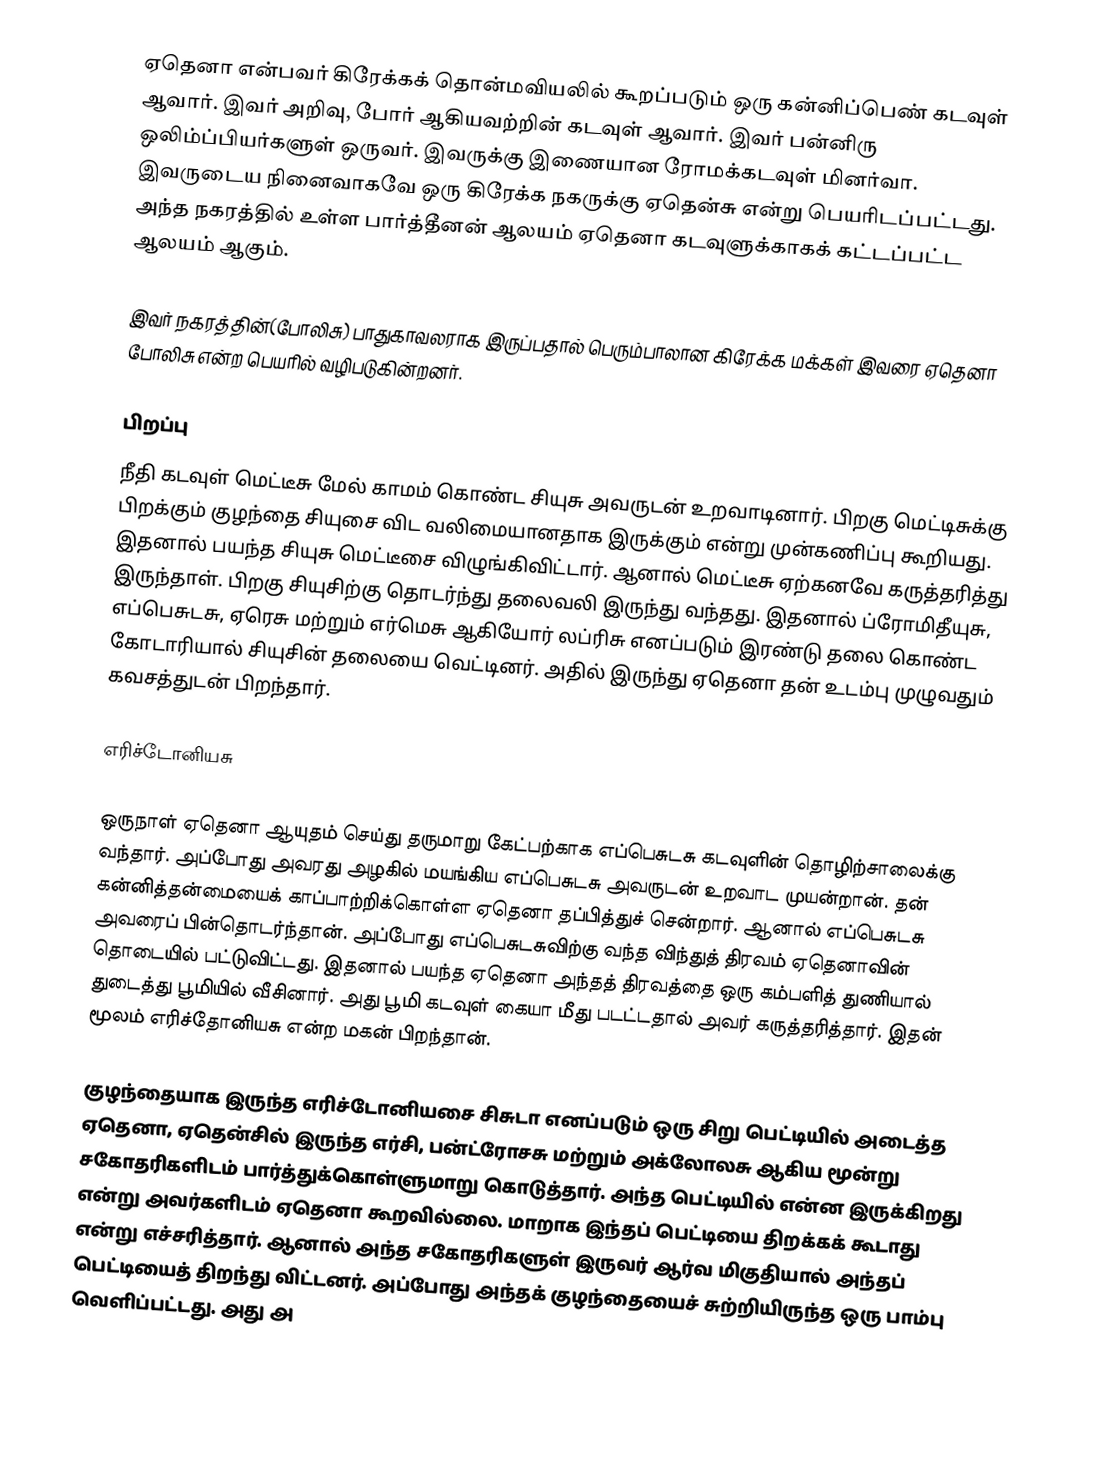
ஏதெனா என்பவர் கிரேக்கக் தொன்மவியலில் கூறப்படும் ஒரு கன்னிப்பெண் கடவுள் ஆவார். இவர் அறிவு, போர் ஆகியவற்றின் கடவுள் ஆவார். இவர் பன்னிரு ஒலிம்ப்பியர்களுள் ஒருவர். இவருக்கு இணையான ரோமக்கடவுள் மினர்வா. இவருடைய நினைவாகவே ஒரு கிரேக்க நகருக்கு ஏதென்சு என்று பெயரிடப்பட்டது. அந்த நகரத்தில் உள்ள பார்த்தீனன் ஆலயம் ஏதெனா கடவுளுக்காகக் கட்டப்பட்ட ஆலயம் ஆகும்.

இவர் நகரத்தின்(போலிசு) பாதுகாவலராக இருப்பதால் பெரும்பாலான கிரேக்க மக்கள் இவரை ஏதெனா போலிசு என்ற பெயரில் வழிபடுகின்றனர்.

பிறப்பு
நீதி கடவுள் மெட்டீசு மேல் காமம் கொண்ட சியுசு அவருடன் உறவாடினார். பிறகு மெட்டிசுக்கு பிறக்கும் குழந்தை சியுசை விட வலிமையானதாக இருக்கும் என்று முன்கணிப்பு கூறியது. இதனால் பயந்த சியுசு மெட்டீசை விழுங்கிவிட்டார். ஆனால் மெட்டீசு ஏற்கனவே கருத்தரித்து இருந்தாள். பிறகு சியுசிற்கு தொடர்ந்து தலைவலி இருந்து வந்தது. இதனால் ப்ரோமிதீயுசு, எப்பெசுடசு, ஏரெசு மற்றும் எர்மெசு ஆகியோர் லப்ரிசு எனப்படும் இரண்டு தலை கொண்ட கோடாரியால் சியுசின் தலையை வெட்டினர். அதில் இருந்து ஏதெனா தன் உடம்பு முழுவதும் கவசத்துடன் பிறந்தார்.

எரிச்டோனியசு

ஒருநாள் ஏதெனா  ஆயுதம் செய்து தருமாறு கேட்பற்காக எப்பெசுடசு கடவுளின் தொழிற்சாலைக்கு வந்தார். அப்போது அவரது அழகில் மயங்கிய எப்பெசுடசு அவருடன் உறவாட முயன்றான். தன் கன்னித்தன்மையைக் காப்பாற்றிக்கொள்ள ஏதெனா தப்பித்துச் சென்றார். ஆனால் எப்பெசுடசு அவரைப் பின்தொடர்ந்தான். அப்போது எப்பெசுடசுவிற்கு வந்த விந்துத் திரவம் ஏதெனாவின் தொடையில் பட்டுவிட்டது. இதனால் பயந்த ஏதெனா அந்தத் திரவத்தை ஒரு கம்பளித் துணியால் துடைத்து பூமியில் வீசினார். அது பூமி கடவுள் கையா மீது படட்டதால் அவர் கருத்தரித்தார். இதன் மூலம் எரிச்தோனியசு என்ற மகன் பிறந்தான்.

குழந்தையாக இருந்த எரிச்டோனியசை  சிசுடா எனப்படும் ஒரு சிறு பெட்டியில் அடைத்த ஏதெனா, ஏதென்சில் இருந்த எர்சி, பன்ட்ரோசசு மற்றும் அக்லோலசு ஆகிய மூன்று சகோதரிகளிடம் பார்த்துக்கொள்ளுமாறு கொடுத்தார். அந்த பெட்டியில் என்ன இருக்கிறது என்று அவர்களிடம் ஏதெனா கூறவில்லை. மாறாக இந்தப் பெட்டியை திறக்கக் கூடாது என்று எச்சரித்தார். ஆனால் அந்த சகோதரிகளுள் இருவர் ஆர்வ மிகுதியால் அந்தப் பெட்டியைத் திறந்து விட்டனர். அப்போது அந்தக் குழந்தையைச் சுற்றியிருந்த ஒரு பாம்பு வெளிப்பட்டது. அது அ